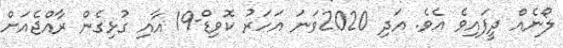
ލޯނެއް ދީފައިވެ އެވެ. އަދި 2020ވަނަ އަހަރު ކޮވިޑް-19 އާއި ގުޅިގެން ރާއްޖެއަަށް